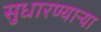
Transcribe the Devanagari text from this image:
सुधारण्याऱ्या